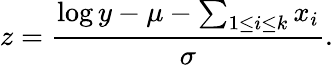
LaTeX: z=\frac{\log y-\mu-\sum_{1\leq i\leq k}x_{i}}{\sigma}.